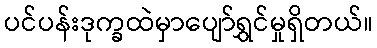
ပင်ပန်းဒုက္ခထဲမှာပျော်ရွှင်မှုရှိတယ်။